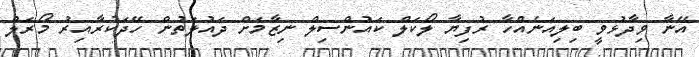
އޭނާ ވިދާޅުވީ ބިލިއަނެއްހާ ރުފިޔާ ލޯކަލް ކައުންސިލް ނިޒާމަށް ދައުލަތުން ހޭދަކުރާއިރު މޯރަލް